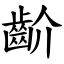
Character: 齘